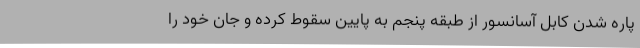
پاره شدن کابل آسانسور از طبقه پنجم به پایین سقوط کرده و جان خود را